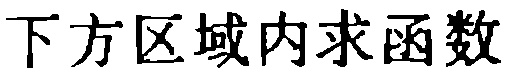
下方区域内求函数